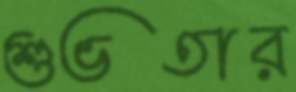
শুভতার